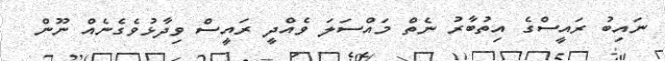
ނައިބު ރައީސްގެ އިތުބާރު ނެތް މައްސަލަ ވެއްދީ ރައީސް ވިދާޅުވެގެނެއް ނޫން